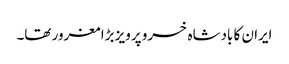
ایران کا بادشاہ خسرو پرویز بڑا مغرور تھا۔